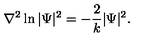
\nabla ^ { 2 } \ln | \Psi | ^ { 2 } = - \frac { 2 } { k } | \Psi | ^ { 2 } .